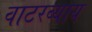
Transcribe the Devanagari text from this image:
वाटरब्याय